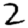
Digit: 2